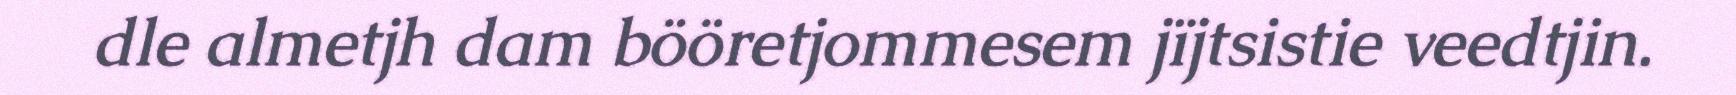
dle almetjh dam bööretjommesem jïjtsistie veedtjin.